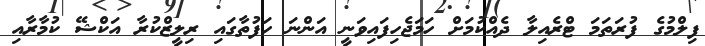
ފިލްމުގެ ފުރަތަމަ ޓްރެއިލާ ދެއްކުމަށް ހަމަޖެހިފައިވަނީ އަންނަ ހަފުތާގައި ރިލީޒްކުރާ އަކްޝޭ ކުމާރާއި